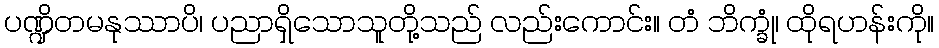
ပဏ္ဍိတမနုဿာပိ၊ ပညာရှိသောသူတို့သည် လည်းကောင်း။ တံ ဘိက္ခုံ၊ ထိုရဟန်းကို။